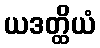
ယဒတ္ထိယံ